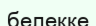
белекке